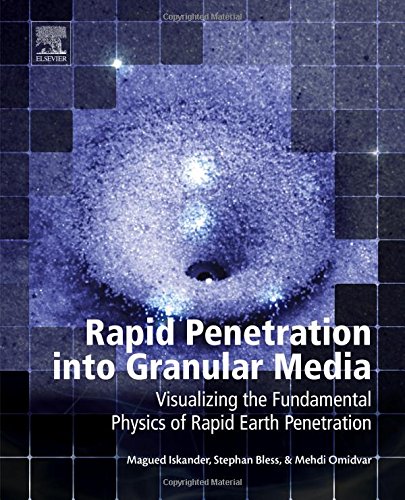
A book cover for Rapid Penetration into Granular Media: Visualizing the Fundamental Physics of Rapid Earth Penetration; Magued Iskander; Science & Math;